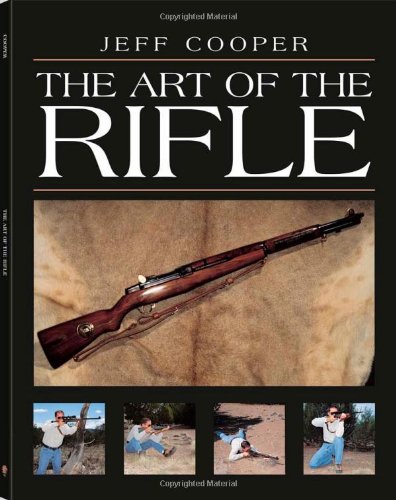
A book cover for The Art of the Rifle; Jeff Cooper; History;